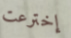
إخترعت